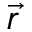
\vec { r }